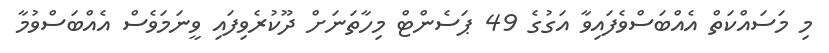
މި މަސައްކަތް އެއްބަސްވެފައިވާ އަގުގެ 49 ޕަސެންޓް މިހާތަނަށް ދޫކުރެވިފައި ވީނަމަވެސް އެއްބަސްވުމާ